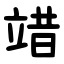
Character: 䇎